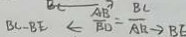
B C - B E \leftarrow \frac { A B } { B D } = \frac { B C } { A B } \rightarrow B E